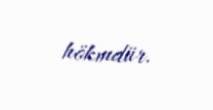
hökmdür.